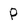
Character: P